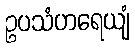
ဥပသံဟရေယျံ